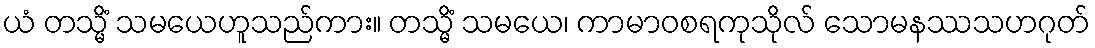
ယံ တသ္မိံ သမယေဟူသည်ကား။ တသ္မိံ သမယေ၊ ကာမာဝစရကုသိုလ် သောမနဿသဟဂုတ်